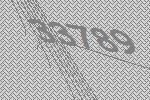
33789